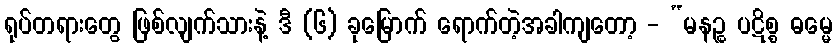
ရုပ်တရားတွေ ဖြစ်လျက်သားနဲ့ ဒီ (၆) ခုမြောက် ရောက်တဲ့အခါကျတော့ - “မနဉ္စ ပဋိစ္စ ဓမ္မေ